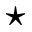
\star